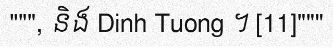
""", និង Dinh Tuong ។ [11]"""